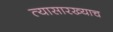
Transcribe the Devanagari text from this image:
त्यासारख्याच